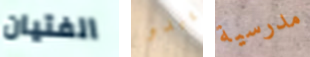
الفتيان يبدو مدرسية